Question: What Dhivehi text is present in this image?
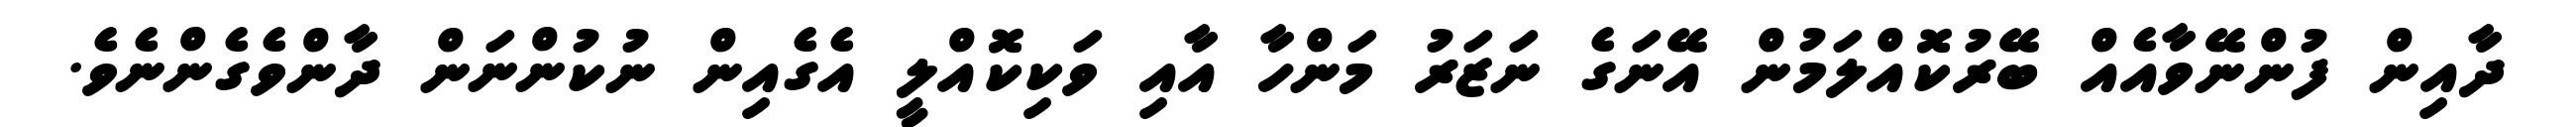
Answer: ދާއިން ފުންނޭވާއެއް ބޭރުކޮއްލަމުން އޭނަގެ ނަޒަރު މަންހާ އާއި ވަކިކޮއްލީ އެގެއިން ނުކުންނަން ދާންވެގެންނެވެ.